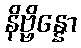
နိဗ္ဗိန္နော